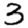
Digit: 3